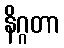
နိဂ္ဂတာ